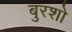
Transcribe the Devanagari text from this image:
बुरशो